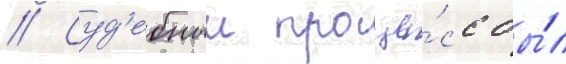
// Суд'ебныи проце́сс бы́л